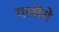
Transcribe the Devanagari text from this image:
गलोगे